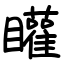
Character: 矔